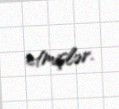
etmişlər.